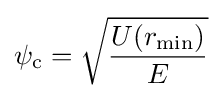
\psi _{\rm {c}}={\sqrt {\frac {U(r_{\rm {min}})}{E}}}